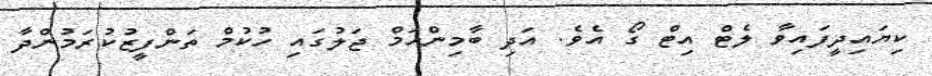
ކިޔައިދީފައިވާ ލެޓް އިޓް ގޯ އެވެ. އަދި ބާމިންހަމް ޖަލުގައި ހުކުމް ތަންފީޒުކުރަމުންދާ